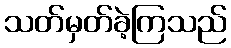
သတ်မှတ်ခဲ့ကြသည်